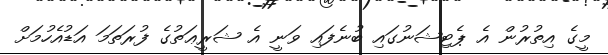
މީގެ އިތުރުން އެ ޕެޓިޝަނުގައި ބުނެފައި ވަނީ އެ ޝަރީޢަތުގެ ފުރަތަމަ އަޑުއެހުމަށް